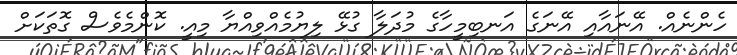
ހެންނެއް. އޭނައާއި އޭނަގެ އަނބިމީހާގެ މުދަލާ ގުޅޭ ލިޔުމެއްވިއްޔާ މިއީ. ކޮންމެވެސް ގޮތަކަށް